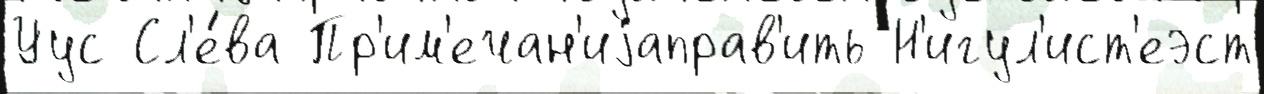
Уус Сл'е́ва Пр'им'ечан'иjаправ'ить Н'игул'ист'еэст